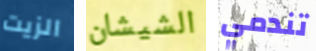
الزيت الشيشان تندمي